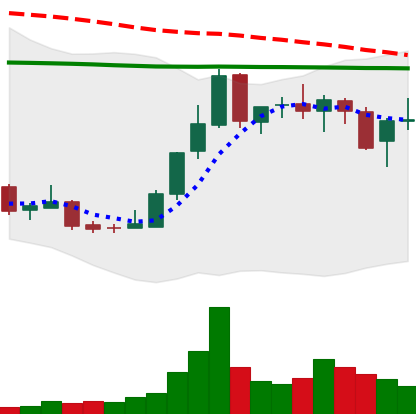
Ticker: LINK-USD
Chart end date: 2018-12-29
Forward return: 22.003%
Label: up_7plus